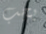
يجب